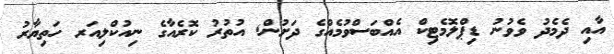
އާއި ދެމެދު ވެވުނު ޑިޕްލޮމެޓިކް އެއްބަސްވުމެއްގެ ދަށުން